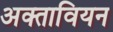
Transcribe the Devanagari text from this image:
अक्तावियन